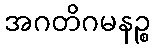
အဂတိဂမနဉ္စ